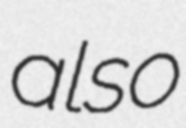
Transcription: also